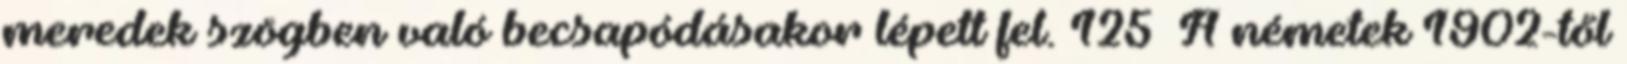
meredek szögben való becsapódásakor lépett fel. 125 A németek 1902-től